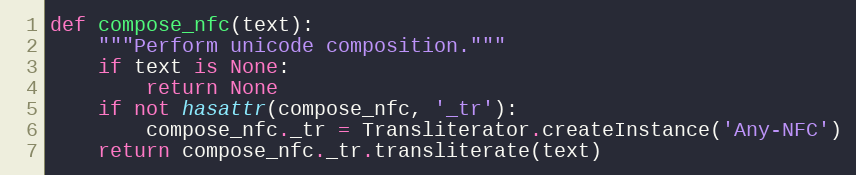
Language: Python
def compose_nfc(text):
    """Perform unicode composition."""
    if text is None:
        return None
    if not hasattr(compose_nfc, '_tr'):
        compose_nfc._tr = Transliterator.createInstance('Any-NFC')
    return compose_nfc._tr.transliterate(text)